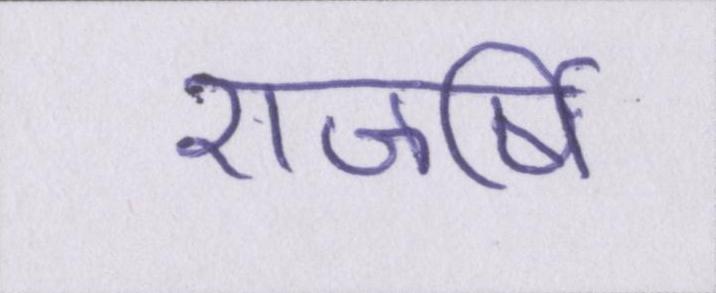
राजर्षि